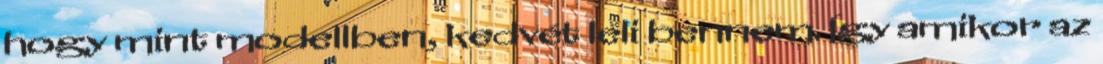
hogy mint modellben, kedvét leli bennem. Így amikor az